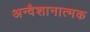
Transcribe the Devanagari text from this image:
अन्वैशानात्मक